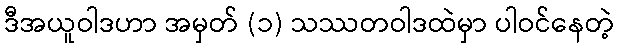
ဒီအယူဝါဒဟာ အမှတ် (၁) သဿတဝါဒထဲမှာ ပါဝင်နေတဲ့